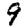
Digit: 9